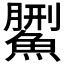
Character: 𩺄